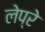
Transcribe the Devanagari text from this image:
लेप्रे